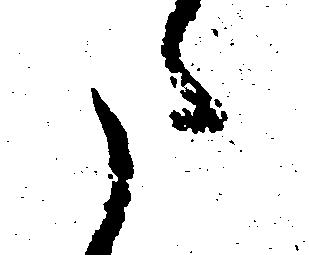
た